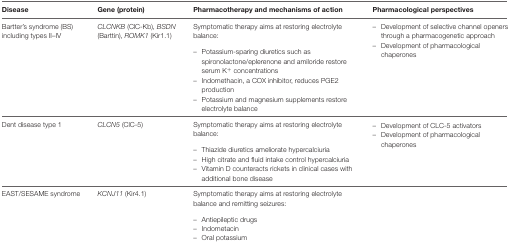
<table><thead><tr><td><b>Disease</b></td><td><b>Gene (protein)</b></td><td><b>Pharmacotherapy and mechanisms of action</b></td><td><b>Pharmacological perspectives</b></td></tr></thead><tbody><tr><td>Bartter’s syndrome (BS) including types II–IV</td><td><i>CLCNKB</i> (ClC-Kb), <i>BSDN</i> (Barttin), <i>ROMK1</i> (Kir1.1)</td><td>Symptomatic therapy aims at restoring electrolyte balance:– Potassium-sparing diuretics such as spironolactone/eplerenone and amiloride restore serum K<sup>+</sup> concentrations– Indomethacin, a COX inhibitor, reduces PGE2 production– Potassium and magnesium supplements restore electrolyte balance</td><td>– Development of selective channel openers through a pharmacogenetic approach– Development of pharmacological chaperones</td></tr><tr><td>Dent disease type 1</td><td><i>CLCN5</i> (ClC-5)</td><td>Symptomatic therapy aims at restoring electrolyte balance:– Thiazide diuretics ameliorate hypercalciuria– High citrate and fluid intake control hypercalciuria– Vitamin D counteracts rickets in clinical cases with additional bone disease</td><td>– Development of CLC-5 activators– Development of pharmacological chaperones</td></tr><tr><td>EAST/SESAME syndrome</td><td><i>KCNJ11</i> (Kir4.1)</td><td>Symptomatic therapy aims at restoring electrolyte balance and remitting seizures:– Antiepileptic drugs– Indometacin– Oral potassium</td><td></td></tr></tbody></table>